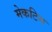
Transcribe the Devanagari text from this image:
मेकटिग